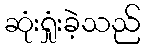
ဆုံးရှုံးခဲ့သည်